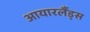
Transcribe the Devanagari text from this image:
आयारर्लैंड्स